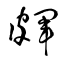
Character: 皹